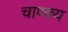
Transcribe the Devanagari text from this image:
चाण्क्य